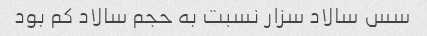
سس سالاد سزار نسبت به حجم سالاد کم بود